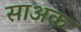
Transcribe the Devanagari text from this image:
साअक